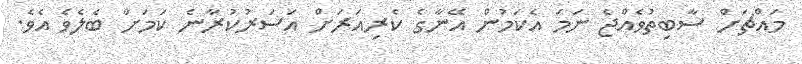
މައްޗަށް ސާބިތުވެއްޖެ ނަމަ އެކަމުން އޭނާގެ ކެރިއަރަށް އަސަރުކުރާނެ ކަމަށް ބެލެވެ އެވެ.